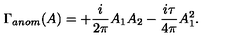
\Gamma _ { a n o m } ( A ) = + \frac { i } { 2 \pi } A _ { 1 } A _ { 2 } - \frac { i \tau } { 4 \pi } A _ { 1 } ^ { 2 } .